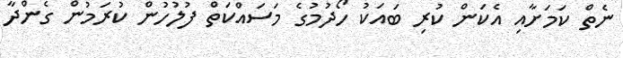
ނެތް ކަމަށާއި އެކަން ކުރި ބައަކު ހޯދުމުގެ މަސައްކަތް ފުލުހުން ކުރަމުން ގެންދާ